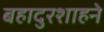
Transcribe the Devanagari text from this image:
बहादुरशाहने